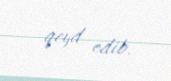
qeyd edib.